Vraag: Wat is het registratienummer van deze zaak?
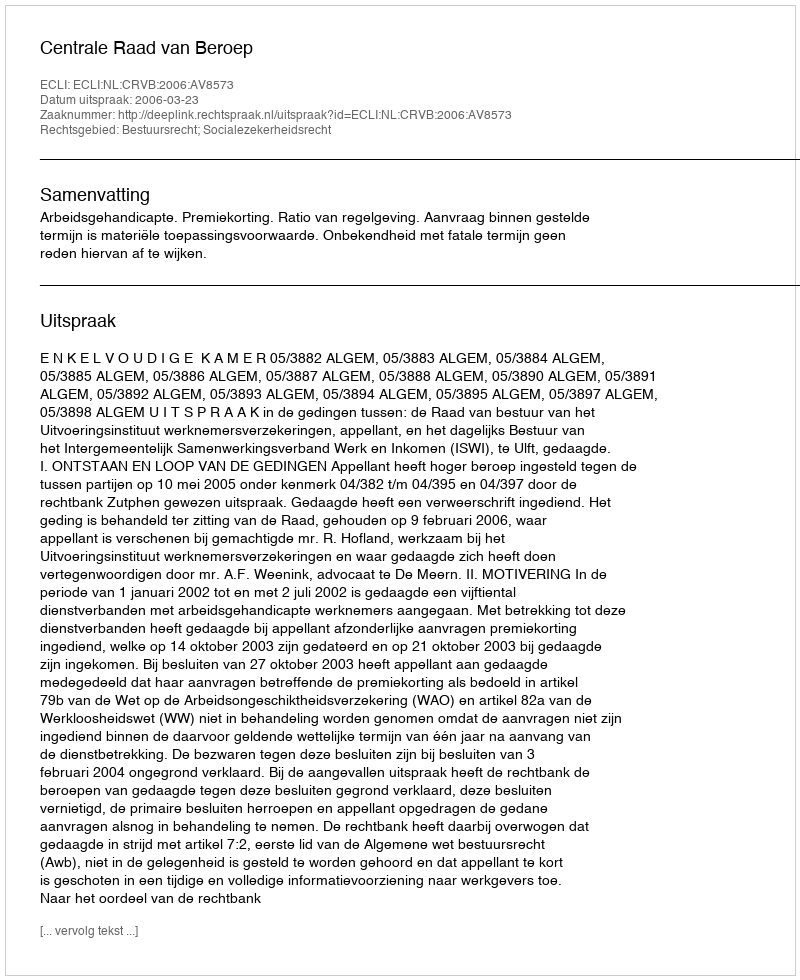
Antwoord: http://deeplink.rechtspraak.nl/uitspraak?id=ECLI:NL:CRVB:2006:AV8573